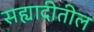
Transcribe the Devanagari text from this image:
सह्यादीतील